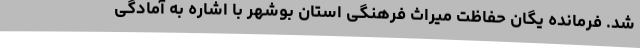
شد. فرمانده یگان حفاظت میراث فرهنگی استان بوشهر با اشاره به آمادگی